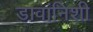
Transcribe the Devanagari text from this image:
डावांनिशी